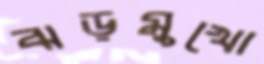
ঝড়মুখো